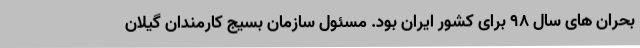
بحران های سال 98 برای کشور ایران بود. مسئول سازمان بسیج کارمندان گیلان